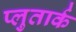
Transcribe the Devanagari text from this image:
प्लुतार्क